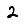
Digit: 2